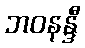
ဘဝနန္ဒီ